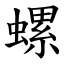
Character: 螺